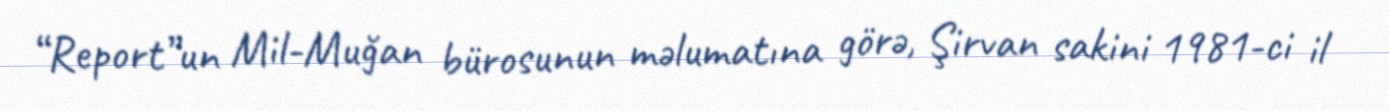
“Report”un Mil-Muğan bürosunun məlumatına görə, Şirvan sakini 1981-ci il